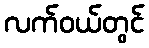
လက်ဝယ်တွင်